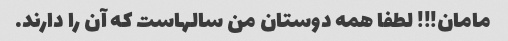
مامان!!! لطفا همه دوستان من سالهاست که آن را دارند.